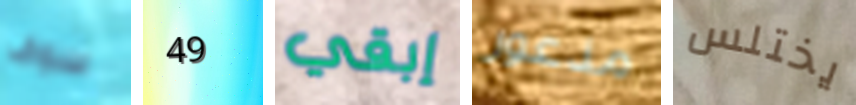
سوف 49 إبقي مذعور يختلس